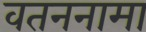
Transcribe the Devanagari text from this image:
वतननामा